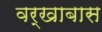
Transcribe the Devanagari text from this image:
वर्खाबास